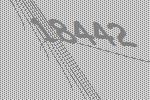
18442